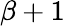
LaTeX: \beta+1